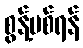
စွန့်ပစ်ရန်